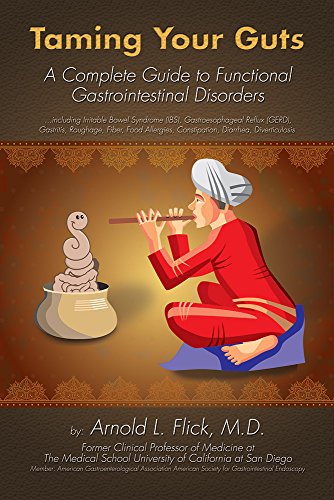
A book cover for Taming Your Guts A complete guide to functional gastrointestinal disorders (FGID) including Irribable Bowel Syndrome (IBS), Gastroesophgeal Reflus (GERD), Gastritis, Roughage, Fiber, Food allergies, Constipation, Diarrhea, Diverticulosis; M.D. Arnold L. Flick; Health, Fitness & Dieting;